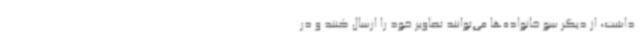
داشت، از دیگر سو خانواده‌ها می‌توانند تصاویر خود را ارسال کنند و در